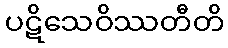
ပဋိသေဝိဿတီတိ